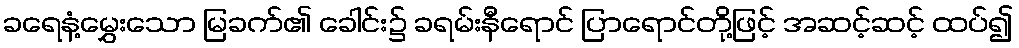
ခရေနံ့မွှေးသော မြခက်၏ ခေါင်း၌ ခရမ်းနီရောင် ပြာရောင်တို့ဖြင့် အဆင့်ဆင့် ထပ်၍